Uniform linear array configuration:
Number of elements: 48
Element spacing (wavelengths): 1
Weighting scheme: cosine
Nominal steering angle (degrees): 60
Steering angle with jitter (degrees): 60.665
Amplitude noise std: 0.05
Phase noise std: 0.05

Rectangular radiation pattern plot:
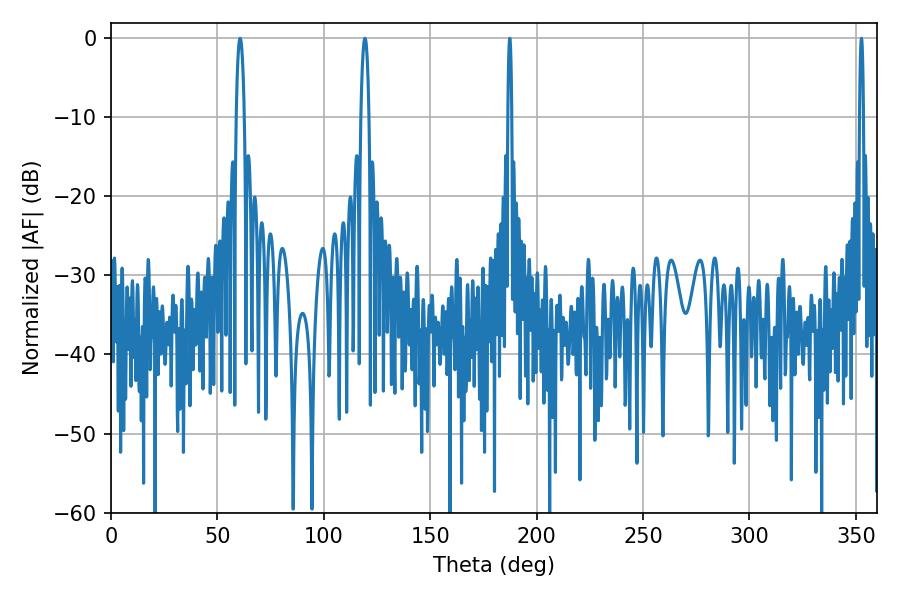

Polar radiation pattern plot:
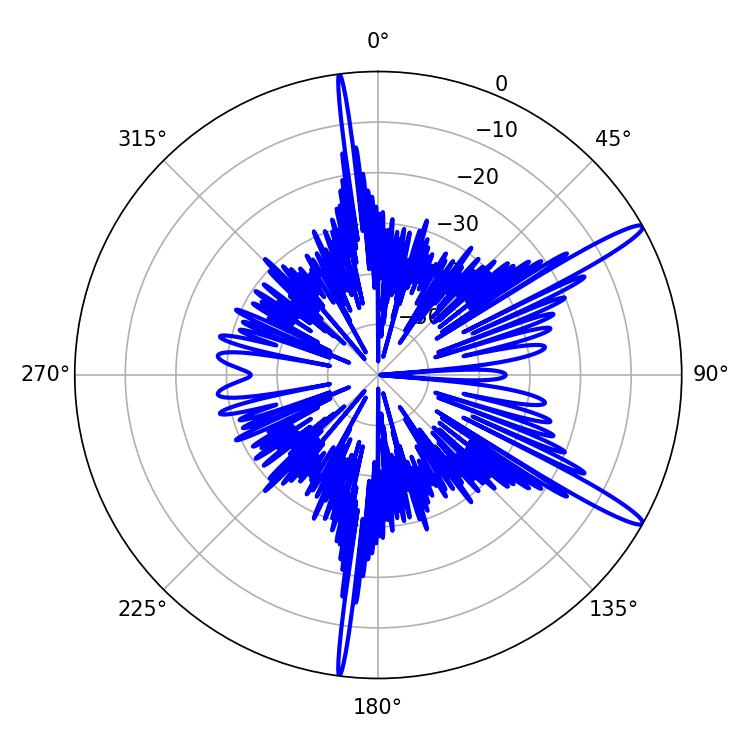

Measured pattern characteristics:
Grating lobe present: TRUE
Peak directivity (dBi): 14.638
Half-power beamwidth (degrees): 2.16
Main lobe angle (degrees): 60.66